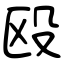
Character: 殴